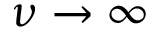
\nu \to \infty